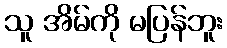
သူ အိမ်ကို မပြန်ဘူး